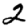
Digit: 2